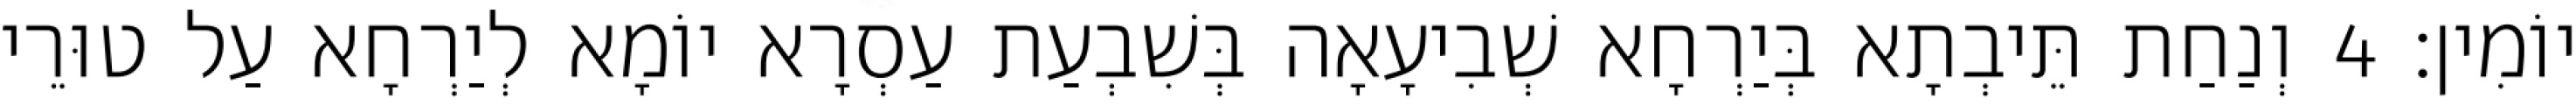
יוֹמִין׃ 4 וְנַחַת תֵּיבְתָא בְּיַרְחָא שְׁבִיעָאָה בְּשִׁבְעַת עַסְרָא יוֹמָא לְיַרְחָא עַל טוּרֵי